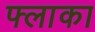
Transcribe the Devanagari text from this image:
फ्लाका